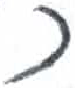
אות: ל